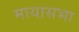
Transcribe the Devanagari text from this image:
मायासभा